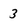
Character: 3